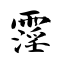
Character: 霪